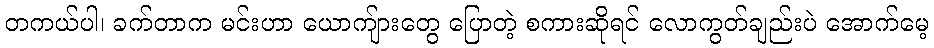
တကယ်ပါ၊ ခက်တာက မင်းဟာ ယောကျ်ားတွေ ပြောတဲ့ စကားဆိုရင် လောကွတ်ချည်းပဲ အောက်မေ့